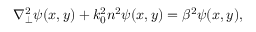
\nabla _ { \perp } ^ { 2 } \psi ( x , y ) + k _ { 0 } ^ { 2 } n ^ { 2 } \psi ( x , y ) = \beta ^ { 2 } \psi ( x , y ) ,